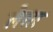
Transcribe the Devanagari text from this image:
लैसर